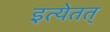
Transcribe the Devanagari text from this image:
इत्येतत्